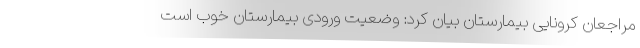
مراجعان کرونایی بیمارستان بیان کرد: وضعیت ورودی بیمارستان خوب است